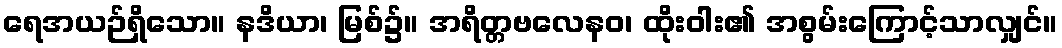
ရေအယဉ်ရှိသော။ နဒိယာ၊ မြစ်၌။ အရိတ္တဗလေနဝ၊ ထိုးဝါး၏ အစွမ်းကြောင့်သာလျှင်။